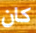
كان